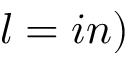
l = i n )